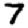
Digit: 7